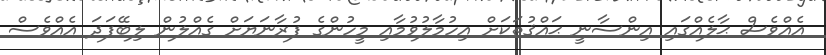
އެއްވެސް ޙާލެއްގައި އިންސާނީ ޙައްޤުތަކަށް އިހުމާލުވުމާއި މީހުންގެ ފުރާނަޔަށް ގެއްލުން ލިބޭފަދަ އެއްވެސް